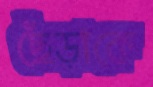
ছেঁড়াকে